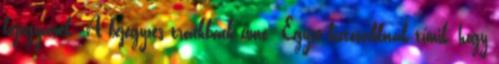
bejegyzések: A bejegyzés trackback címe: Egyre biztosabbnak tűnik, hogy